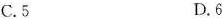
C.5 D.6